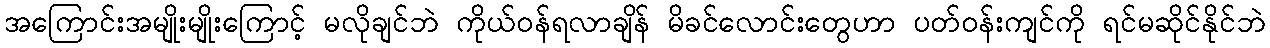
အကြောင်းအမျိုးမျိုးကြောင့် မလိုချင်ဘဲ ကိုယ်ဝန်ရလာချိန် မိခင်လောင်းတွေဟာ ပတ်ဝန်းကျင်ကို ရင်မဆိုင်နိုင်ဘဲ